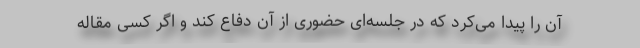
آن را پیدا می‌کرد که در جلسه‌ای حضوری از آن دفاع کند و اگر کسی مقاله